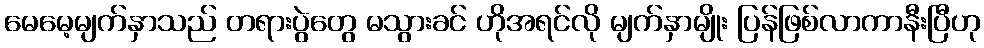
မေမေ့မျက်နှာသည် တရားပွဲတွေ မသွားခင် ဟိုအရင်လို မျက်နှာမျိုး ပြန်ဖြစ်လာကာနီးပြီဟု